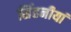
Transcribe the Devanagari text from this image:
सिंहनीयां